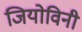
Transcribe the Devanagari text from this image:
जियोविनी